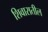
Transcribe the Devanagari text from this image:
शिवारातील